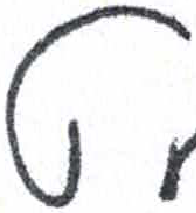
אות: ט